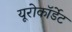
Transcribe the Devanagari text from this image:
यूरोकॉर्डेट